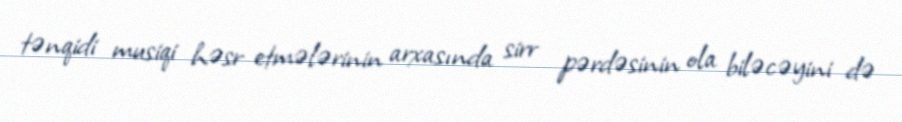
tənqidi musiqi həsr etmələrinin arxasında sirr pərdəsinin ola biləcəyini də